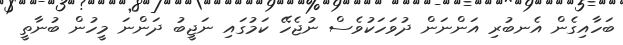
ބަހާއިގެން އެނބުރި އަންނަން ދުވަހަކުވެސް ނުޖެހޭ ކަމުގައި ނަޖީބު ދަންނަ މީހުން ބުނާތީ